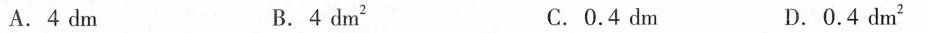
A.4dm B.4dm^{2} C.0.4dm D.0.4dm^{2}